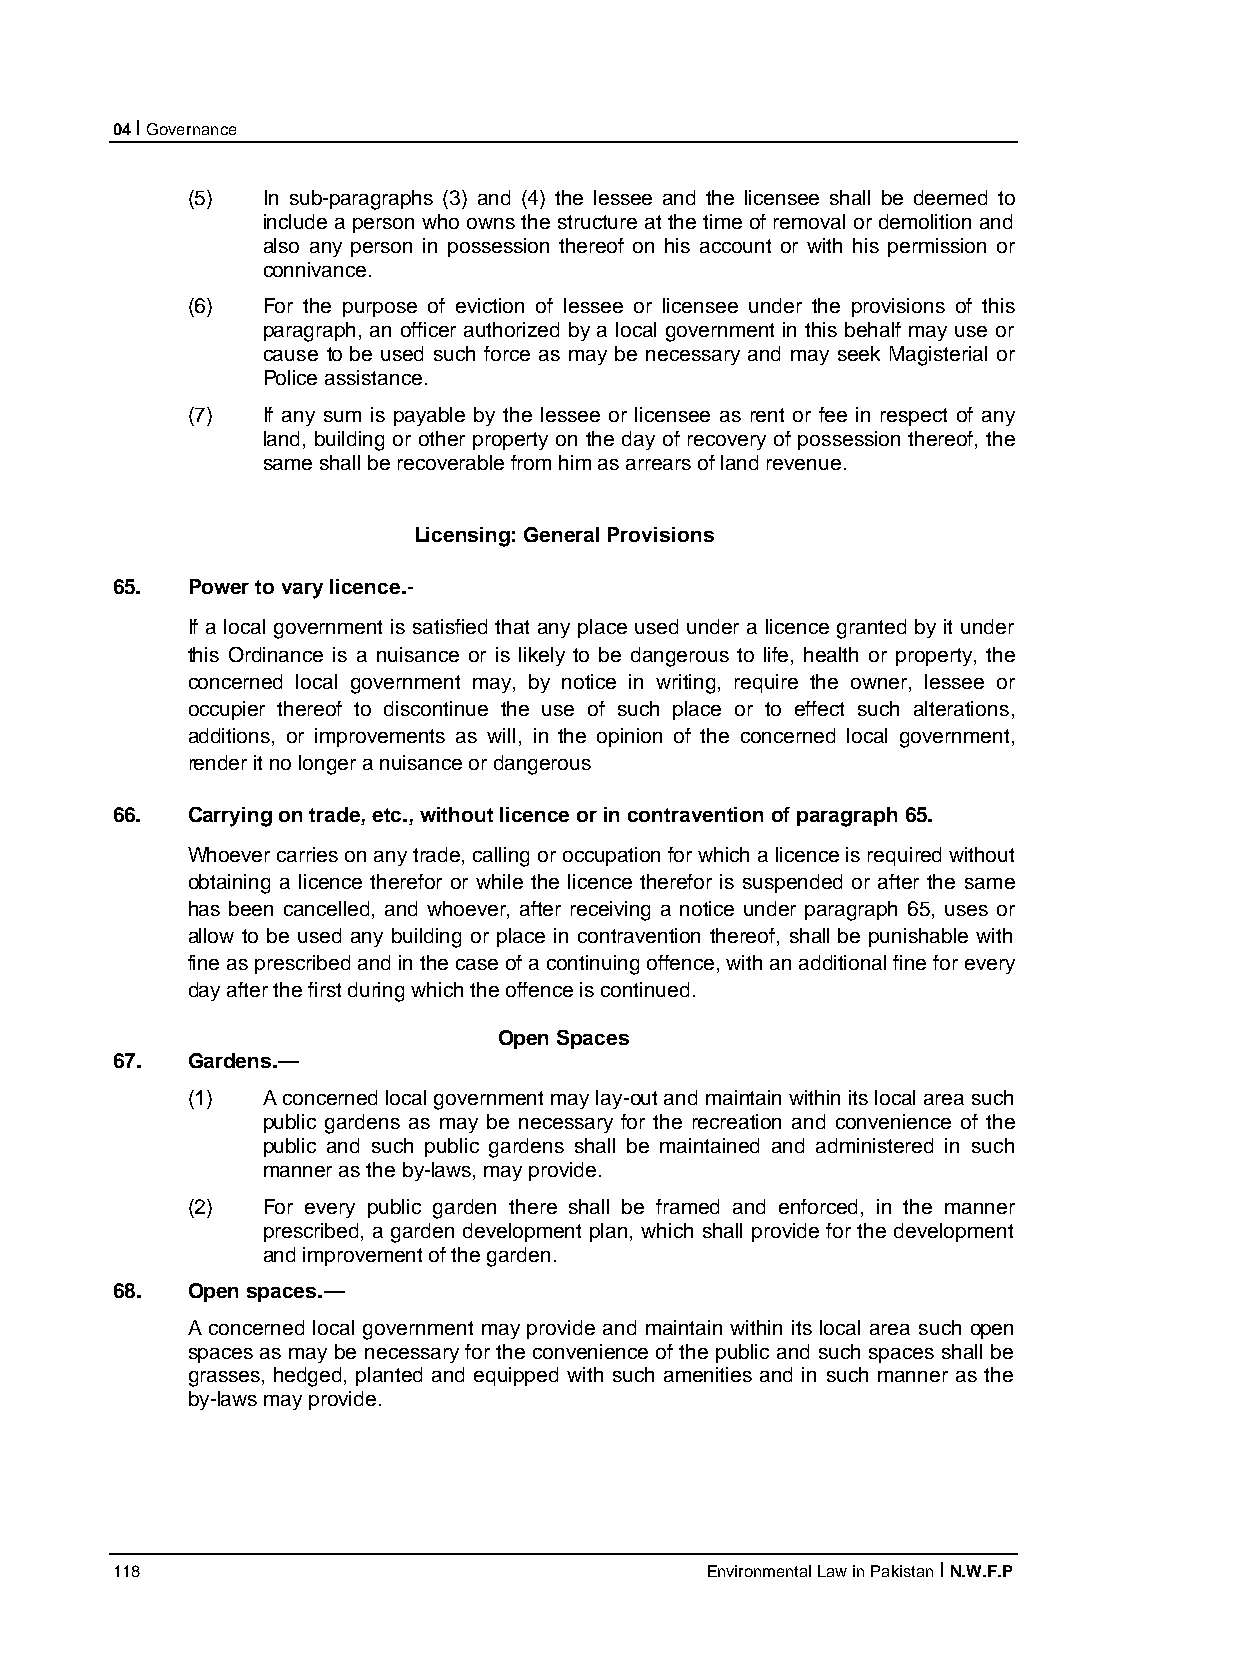
04 I Governance
 (5)  In sub-paragraphs (3) and (4) the lessee and the licensee shall be deemed to
 include a person who owns the structure at the time of removal or demolition and
 also any person in possession thereof on his account or with his permission or
 connivance.
 (6)  For the purpose of eviction of lessee or licensee under the provisions of this
 paragraph, an officer authorized by a local government in this behalf may use or
 cause to be used such force as may be necessary and may seek Magisterial or
 Police assistance.
 (7)  If any sum is payable by the lessee or licensee as rent or fee in respect of any
 land, building or other property on the day of recovery of possession thereof, the
 same shall be recoverable from him as arrears of land revenue.
 Licensing: General Provisions
 65.  Power to vary licence.-
 If a local government is satisfied that any place used under a licence granted by it under
 this Ordinance is a nuisance or is likely to be dangerous to life, health or property, the
 concerned local government may, by notice in writing, require the owner, lessee or
 occupier thereof to discontinue the use of such place or to effect such alterations,
 additions, or improvements as will, in the opinion of the concerned local government,
 render it no longer a nuisance or dangerous
 66.  Carrying on trade, etc., without licence or in contravention of paragraph 65.
 Whoever carries on any trade, calling or occupation for which a licence is required without
 obtaining a licence therefor or while the licence therefor is suspended or after the same
 has been cancelled, and whoever, after receiving a notice under paragraph 65, uses or
 allow to be used any building or place in contravention thereof, shall be punishable with
 fine as prescribed and in the case of a continuing offence, with an additional fine for every
 day after the first during which the offence is continued.
 Open Spaces
 67.  Gardens.—
 (1)  A concerned local government may lay-out and maintain within its local area such
 public gardens as may be necessary for the recreation and convenience of the
 public and such public gardens shall be maintained and administered in such
 manner as the by-laws, may provide.
 (2)  For every public garden there shall be framed and enforced, in the manner
 prescribed, a garden development plan, which shall provide for the development
 and improvement of the garden.
 68.  Open spaces.—
 A concerned local government may provide and maintain within its local area such open
 spaces as may be necessary for the convenience of the public and such spaces shall be
 grasses, hedged, planted and equipped with such amenities and in such manner as the
 by-laws may provide.
 118                                     Environmental Law in Pakistan I N.W.F.P